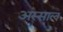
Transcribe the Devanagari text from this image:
अस्साल